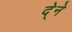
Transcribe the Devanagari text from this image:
दे्ने